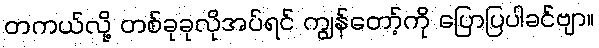
တကယ်လို့ တစ်ခုခုလိုအပ်ရင် ကျွန်တော့်ကို ပြောပြပါခင်ဗျာ။